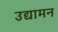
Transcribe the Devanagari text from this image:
उद्यामन